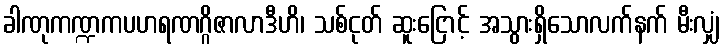
ခါဏုကဏ္ဍကပဟရဏဂ္ဂိဇာလာဒီဟိ၊ သစ်ငုတ် ဆူးငြောင့် အသွားရှိသောလက်နက် မီးလျှံ